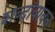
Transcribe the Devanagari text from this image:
शब्दांबाबत